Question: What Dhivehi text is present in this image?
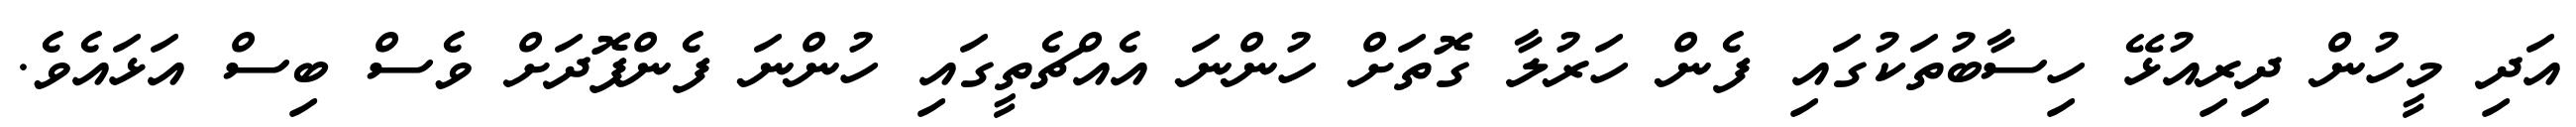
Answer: އަދި މީހުން ދިރިއުޅޭ ހިސާބުތަކުގައި ފެން ހަރުލާ ގޮތަށް ހުންނަ އެއްޗެތީގައި ހުންނަ ފެންފޮދަށް ވެސް ބިސް އަޅައެވެ.